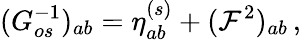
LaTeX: (G_{os}^{-1})_{ab}=\eta_{ab}^{(s)}+({\cal F}^{2})_{ab}\, ,